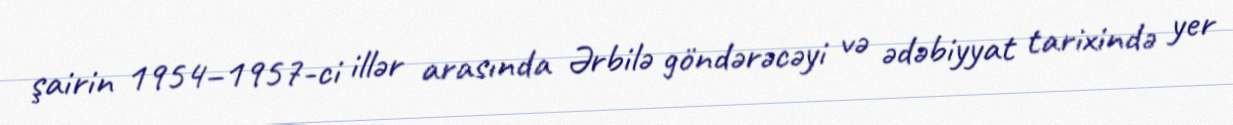
şairin 1954–1957-ci illər arasında Ərbilə göndərəcəyi və ədəbiyyat tarixində yer